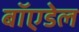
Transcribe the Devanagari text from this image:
बॉएडेल